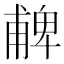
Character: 𠧃